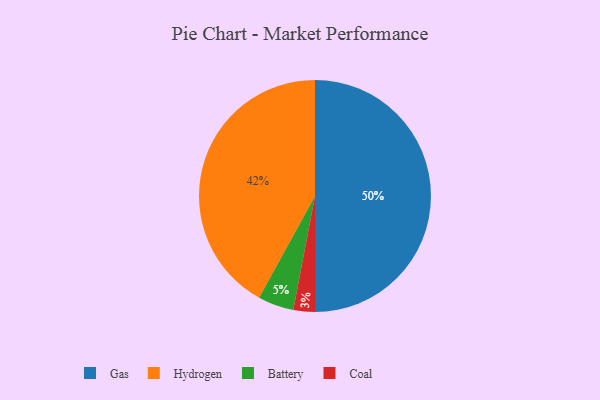
{"axis": {"x": "Category", "y": "Percentage"}, "legend": ["Battery", "Coal", "Gas", "Hydrogen"], "data": [{"x": "Gas", "y": 50, "type": "Gas"}, {"x": "Hydrogen", "y": 42, "type": "Hydrogen"}, {"x": "Coal", "y": 3, "type": "Coal"}, {"x": "Battery", "y": 5, "type": "Battery"}]}